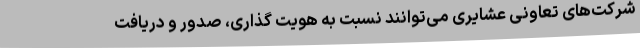
شرکت‌های تعاونی عشایری می‌توانند نسبت به هویت گذاری، صدور و دریافت